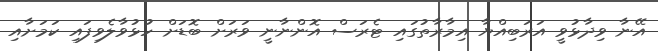
އޭނާ ވިދާޅުވީ އަރަބިއްޔާ އިމާރާތުގައި ޓެރަސް އޮންނާނީ ވަރަށް ބޮޑަށް ހުޅުވާލެވިފައި ކަމަށާއި